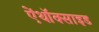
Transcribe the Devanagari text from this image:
ऐंथॉक्साइड